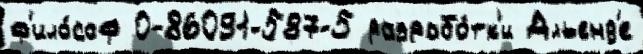
ф'ило́соф 0-86091-587-5 разрабо́тк'и Альенд'е